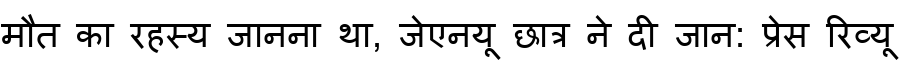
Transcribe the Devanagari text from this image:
मौत का रहस्य जानना था, जेएनयू छात्र ने दी जान: प्रेस रिव्यू